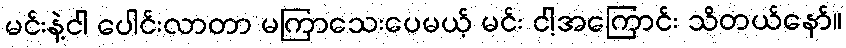
မင်းနဲ့ငါ ပေါင်းလာတာ မကြာသေးပေမယ့် မင်း ငါ့အကြောင်း သိတယ်နော်။